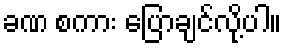
ခဏ စကား ပြောချင်လို့ပါ။